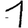
Digit: 1